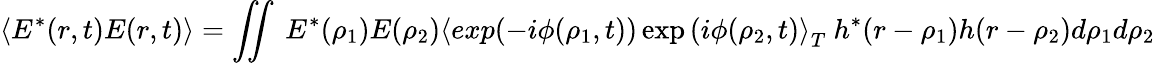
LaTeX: \langle E^{*}(r,t)E(r,t)\rangle=\iint\ E^{*}(\rho_{1})E(\rho_{2})\langle exp(-i\phi(\rho_{1},t))\exp\left(i\phi(\rho_{2},t)\right\rangle_{T}\ h^{*}(r-\rho_{1})h(r-\rho_{2})d\rho_{1}d\rho_{2}